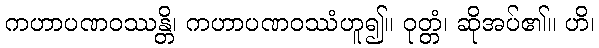
ကဟာပဏဝဿန္တိ၊ ကဟာပဏဝဿံဟူ၍။ ဝုတ္တံ၊ ဆိုအပ်၏။ ဟိ၊